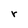
Character: r